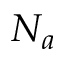
N _ { a }